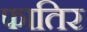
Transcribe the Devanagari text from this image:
फातिर